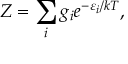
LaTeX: Z = \sum _ { i } g _ { i } e ^ { - \varepsilon _ { i } / k T } ,